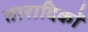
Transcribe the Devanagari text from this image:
तारादिकों